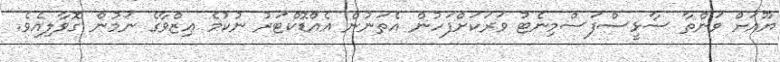
ޔޫއަށް ވަންތާ ސާޅީސްފަސްމިނެޓު ވަރަކަށްފަހުން އެތަނުން އެއްޑޮކްޓަރު ނުކުމެ ޢިޒްވާގެ ނަމުން ގޮވާލިއެވެ.